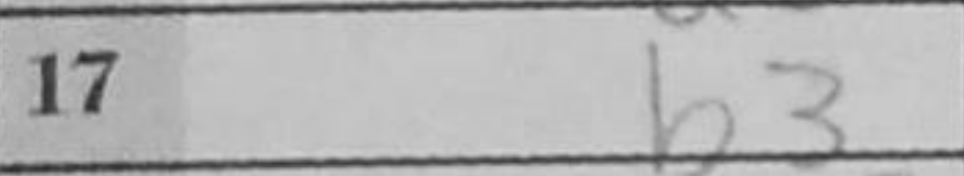
Transcription: b3